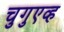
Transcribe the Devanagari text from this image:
चुगुएव्ह